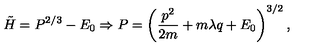
\tilde { H } = P ^ { 2 / 3 } - E _ { 0 } \Rightarrow P = \left( \frac { p ^ { 2 } } { 2 m } + m \lambda q + E _ { 0 } \right) ^ { 3 / 2 } ,